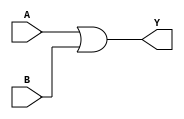
module two_input_OR_gate (
    input A,
    input B,
    output Y
);

assign Y = A | B;

endmodule